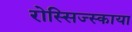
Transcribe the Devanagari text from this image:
रोस्सिज्स्काया